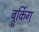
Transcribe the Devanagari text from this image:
ब्रूकिंग